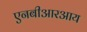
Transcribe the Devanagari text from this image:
एनबीआरआय